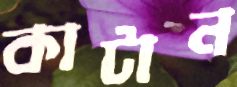
কাটান